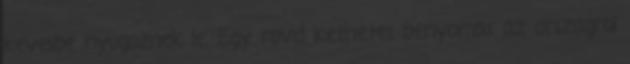
kevesbe nyugoznek le. Egy rovid kethetes benyomas az orszagrol